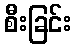
စီးခြင်း